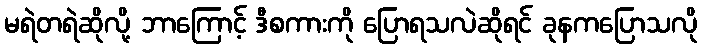
မရဲတရဲဆိုလို့ ဘာကြောင့် ဒီစကားကို ပြောရသလဲဆိုရင် ခုနကပြောသလို